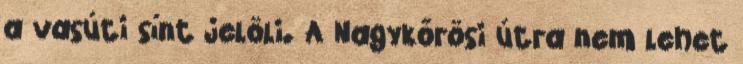
a vasúti sínt jelöli. A Nagykőrösi útra nem lehet